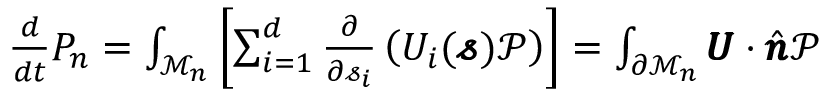
\begin{array} { r } { \frac { d } { d t } P _ { n } = \int _ { \mathcal { M } _ { n } } \left[ \sum _ { i = 1 } ^ { d } \frac { \partial } { \partial \mathscr { s } _ { i } } \left( U _ { i } ( \pmb { \mathscr { s } } ) \mathcal { P } \right) \right] = \int _ { \partial \mathcal { M } _ { n } } \pmb { U } \cdot \hat { \pmb { n } } \mathcal { P } } \end{array}